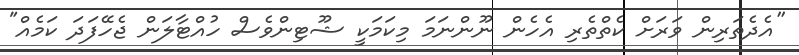
''އެދެތަރިން ވަރަށް ކެތްތެރި އެހެން ނޫންނަމަ މިކަމަކީ ޝޫޓިންވެސް ހުއްޓާލަން ޖެހޭފަދަ ކަމެއް"